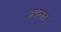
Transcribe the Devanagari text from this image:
अदलत